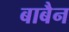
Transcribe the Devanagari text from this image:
बाबैन